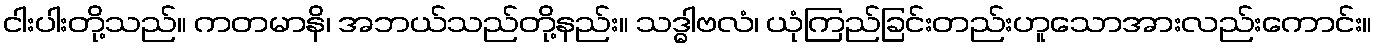
ငါးပါးတို့သည်။ ကတမာနိ၊ အဘယ်သည်တို့နည်း။ သဒ္ဓါဗလံ၊ ယုံကြည်ခြင်းတည်းဟူသောအားလည်းကောင်း။